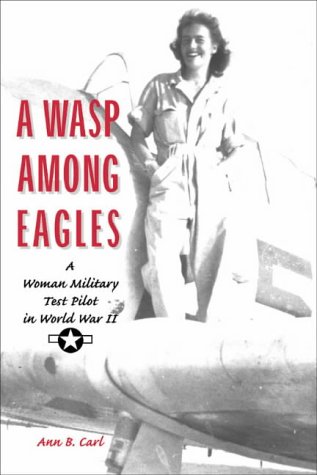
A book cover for A Wasp Among Eagles: A Woman Military Test Pilot in World War II; Ann B. Carl; Politics & Social Sciences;